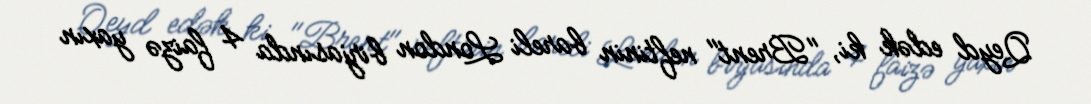
Qeyd edək ki, "Brent" neftinin bareli London birjasında 4 faizə yaxın